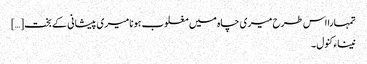
تمہارا اس طرح میری چاہ میں مغلوب ہونا میری پیشانی کے بخت […]
نیناء کنول ۔